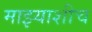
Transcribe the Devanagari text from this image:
माझ्याशीच